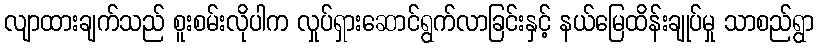
လျာထားချက်သည် စူးစမ်းလိုပါက လှုပ်ရှားဆောင်ရွက်လာခြင်းနှင့် နယ်မြေထိန်းချုပ်မှု သာစည်ရွာ